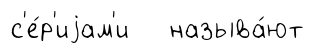
с'е́р'иjам'и называ́ют